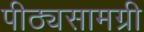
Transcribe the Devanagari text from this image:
पीठ्यसामग्री